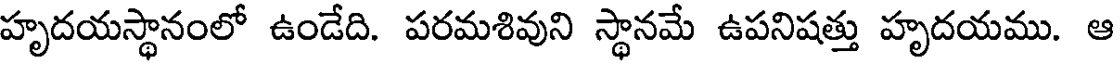
హృదయస్థానంలో ఉండేది. పరమశివుని స్థానమే ఉపనిషత్తు హృదయము. ఆ